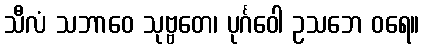
သီလံ သဘာဝေ သုဗ္ဗတေ၊ ပုင်္ဂဝေါ ဥသဘေ ဝရေ။